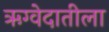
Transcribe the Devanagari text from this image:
ऋग्वेदातीला